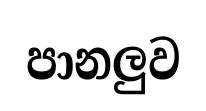
පානලුව